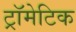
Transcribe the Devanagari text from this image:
ट्रॉमेटिक